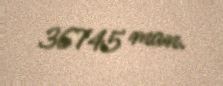
36745 man.